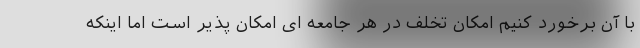
با آن برخورد کنیم امکان تخلف در هر جامعه ای امکان پذیر است اما اینکه